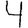
Digit: 4